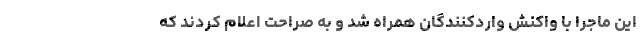
این ماجرا با واکنش واردکنندگان همراه شد و به صراحت اعلام کردند که